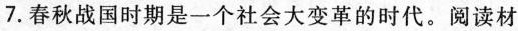
7.春秋战国时期是一个社会大变革的时代。阅读材